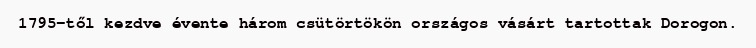
1795-től kezdve évente három csütörtökön országos vásárt tartottak Dorogon.